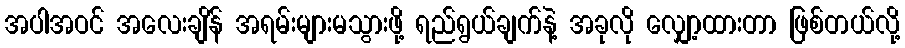
အပါအဝင် အလေးချိန် အရမ်းများမသွားဖို့ ရည်ရွယ်ချက်နဲ့ အခုလို လျှော့ထားတာ ဖြစ်တယ်လို့